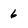
Character: 6